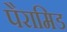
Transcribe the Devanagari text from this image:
पैरामिड